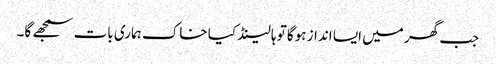
جب گھر میں ایسا انداز ہوگا تو ہالینڈ کیا خاک ہماری بات سمجھے گا۔